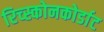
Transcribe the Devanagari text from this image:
रिच्स्कोनकोर्डाट